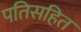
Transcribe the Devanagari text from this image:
पतिसहित